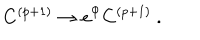
C ^ { ( p + 1 ) } \rightarrow e ^ { \Phi } C ^ { ( p + 1 ) } \ .